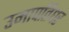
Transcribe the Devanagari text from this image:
उमापतिधर